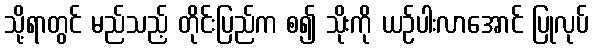
သို့ရာတွင် မည်သည့် တိုင်းပြည်က စ၍ သိုးကို ယဉ်ပါးလာအောင် ပြုလုပ်